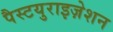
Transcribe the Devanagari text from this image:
पैस्टयुराइज़ेशन